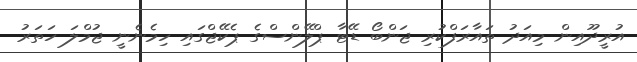
އުރީދޫއިން މިއަދު ތައާރަފްކުރި ޖަންބޯ ޑޭޓާ ޕްލޭންސްގެ ޕެކޭޖްގައި ހިމެނެނީ ޖުމްލަ ހަތަރު